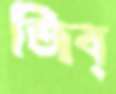
জিব্